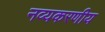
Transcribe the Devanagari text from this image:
नव्यकरणीय